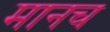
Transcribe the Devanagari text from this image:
मानच